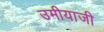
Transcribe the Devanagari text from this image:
उमीयाजी